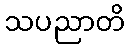
သပညာတိ